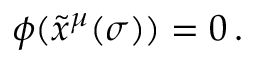
\phi ( \tilde { x } ^ { \mu } ( \sigma ) ) = 0 \, .